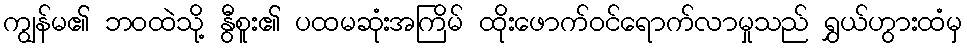
ကျွန်မ၏ ဘဝထဲသို့ နွီစူး၏ ပထမဆုံးအကြိမ် ထိုးဖောက်ဝင်ရောက်လာမှုသည် ရွှယ်ဟွားထံမှ